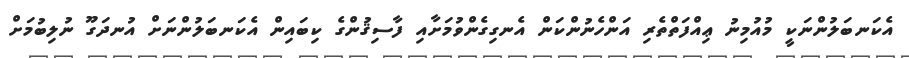
އެކަނބަލުންނަކީ މުއުމިނު ޢިއްފަތްތެރި އަންހެނުންކަން އެނގިގެންވުމަށާއި ފާސިޤުންގެ ކިބައިން އެކަނބަލުންނަށް އުނދަގޫ ނުލިބުމަށް